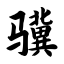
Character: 骥